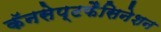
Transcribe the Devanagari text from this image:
कॅनसेप्टफैसिनेशन